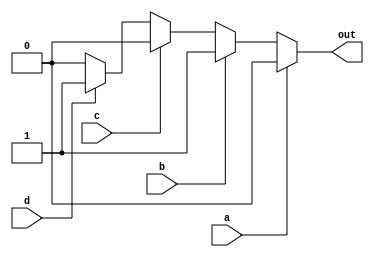
module encoder(
    input a,
    input b,
    input c,
    input d,

    output out
);

assign out = (a == 1'b1)? 2'h0:
             (b == 1'b1)? 2'h1:
             (c == 1'b1)? 2'h2:
             (d == 1'b1)? 2'h3: 2'h4;



endmodule